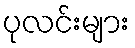
ပုလင်းများ